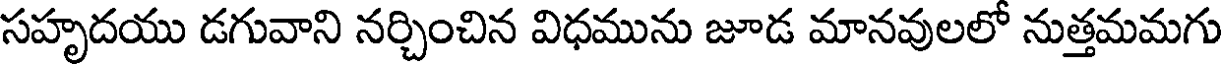
సహృదయు డగువాని నర్చించిన విధమును జూడ మానవులలో నుత్తమమగు